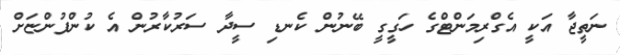
ނަތީޖާ އަކީ އެގްރިމަންޓްގެ ހަގީގީ ބޭނުން ކެނޑި ސީދާ ސަރުކާރުން އެ ކުންފުންޏަށް